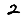
Digit: 2